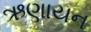
ઋણાયન